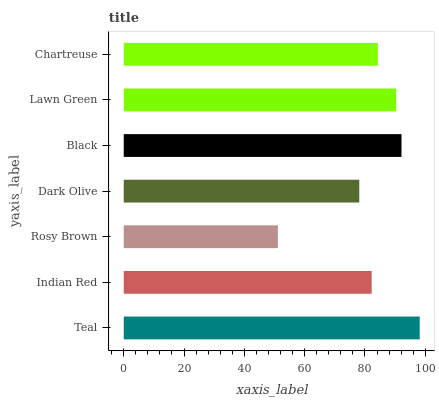
| yaxis_label | bars |
 | --- | --- |
 | Teal | 98.2 |
 | Indian Red | 82.2 |
 | Rosy Brown | 51.1 |
 | Dark Olive | 78.1 |
 | Black | 92.1 |
 | Lawn Green | 90.4 |
 | Chartreuse | 84.3 |